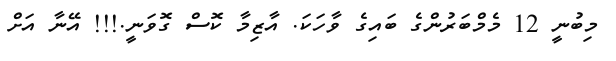
މިބުނީ 12 މެމްބަރުންގެ ބައިގެ ވާހަކަ. އާޒިމާ ކޮސް ގޮވަނީ.!!! އޭނާ އަށް